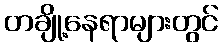
တချို့နေရာများတွင်